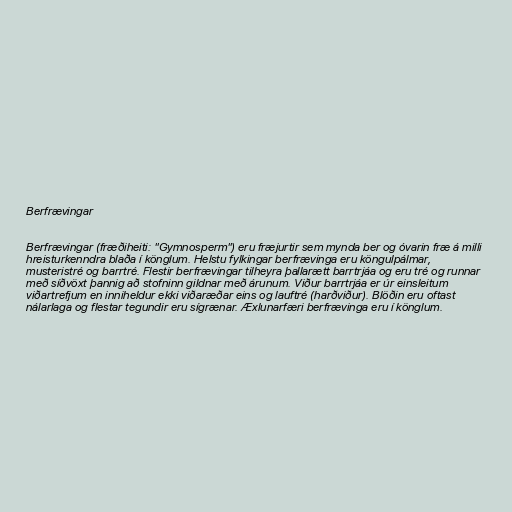
Berfrævingar

Berfrævingar (fræðiheiti: "Gymnosperm") eru fræjurtir sem mynda ber og óvarin fræ á milli
hreisturkenndra blaða í könglum. Helstu fylkingar berfrævinga eru köngulpálmar,
musteristré og barrtré. Flestir berfrævingar tilheyra þallarætt barrtrjáa og eru tré og runnar
með síðvöxt þannig að stofninn gildnar með árunum. Viður barrtrjáa er úr einsleitum
viðartrefjum en inniheldur ekki viðaræðar eins og lauftré (harðviður). Blöðin eru oftast
nálarlaga og flestar tegundir eru sígrænar. Æxlunarfæri berfrævinga eru í könglum.